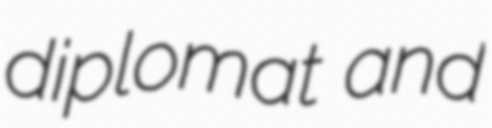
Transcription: diplomat and